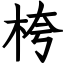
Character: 桍